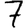
Digit: 7